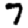
Digit: 7